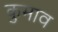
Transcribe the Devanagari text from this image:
कुमाव